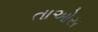
તાઓસ